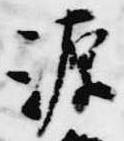
源